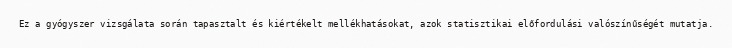
Ez a gyógyszer vizsgálata során tapasztalt és kiértékelt mellékhatásokat, azok statisztikai előfordulási valószínűségét mutatja.